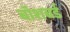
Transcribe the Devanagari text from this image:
बॉशबर्ड